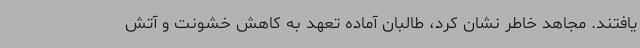
یافتند. مجاهد خاطر نشان کرد، طالبان آماده تعهد به کاهش خشونت و آتش